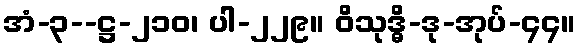
အံ-၃--ဋ္ဌ-၂၁၀၊ ပါ-၂၂၉။ ဝိသုဒ္ဓိ-ဒု-အုပ်-၄၄။